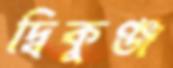
দ্বিকুঞ্জ